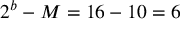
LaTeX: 2 ^ { b } - M = 1 6 - 1 0 = 6